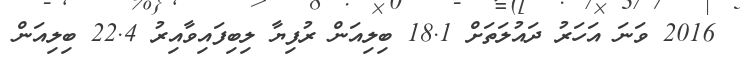
2016 ވަނަ އަހަރު ދައުލަތަށް 18.1 ބިލިއަން ރުފިޔާ ލިބިފައިވާއިރު 22.4 ބިލިއަން